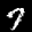
Label: 7